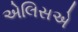
એલિસએ